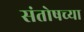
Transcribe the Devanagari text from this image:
संतोषच्या